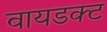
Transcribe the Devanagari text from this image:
वायडक्ट